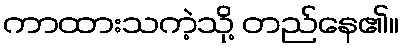
ကာထားသကဲ့သို့ တည်နေ၏။